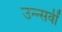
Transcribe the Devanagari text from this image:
उन्न्सवीं